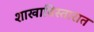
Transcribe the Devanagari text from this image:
शाखाविस्तारात